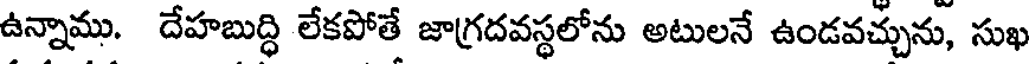
ఉన్నాము. దేహబుద్ధి లేకపోతే జాగ్రదవస్థలోను అటులనే ఉండవచ్చును, సుఖ